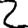
Digit: 2